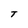
Character: T